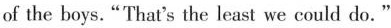
of the boys."That's the least we could do."